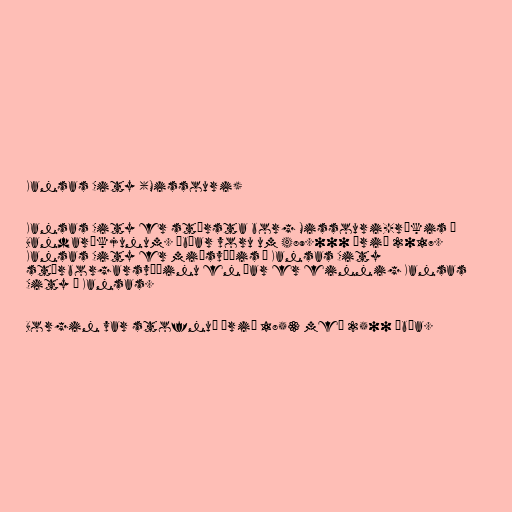
Kansas City (Missouri)

Kansas City er stærsta borg Missouri-ríkis í
Bandaríkjunum. Íbúar voru um 489.000 árið 2017.
Kansas City er miðsvæðis á Kansas City
stórborgarsvæðinu en þar er einnig Kansas
City í Kansas.

Borgin var stofnuð árið 1853 með 2500 íbúa.